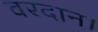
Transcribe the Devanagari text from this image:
वरदान।